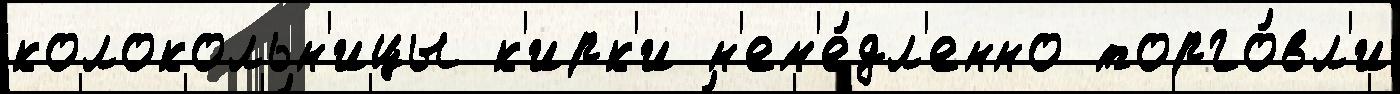
колокольн'ицы к'ирк'и н'ем'е́дл'енно торго́вл'и